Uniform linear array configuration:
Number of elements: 8
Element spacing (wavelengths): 0.5
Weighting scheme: hann
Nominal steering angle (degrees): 60
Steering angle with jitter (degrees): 59.127
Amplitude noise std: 0.05
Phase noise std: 0.05

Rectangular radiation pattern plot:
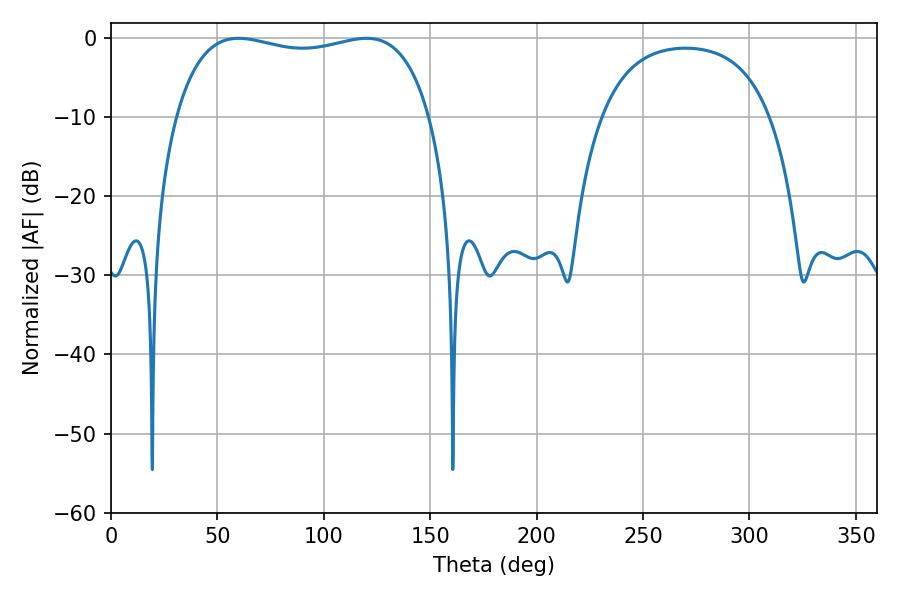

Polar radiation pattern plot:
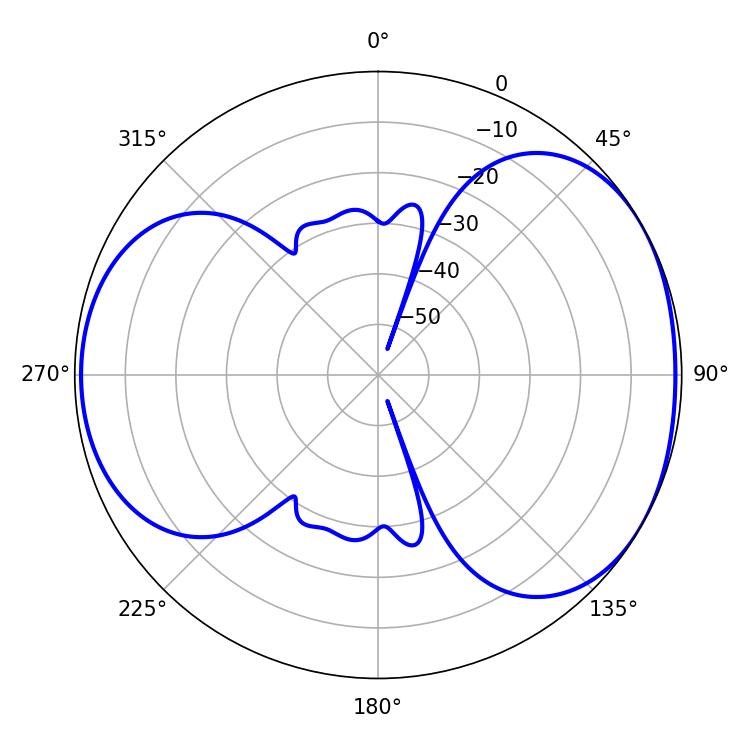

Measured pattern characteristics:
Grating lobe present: FALSE
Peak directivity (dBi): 4.663
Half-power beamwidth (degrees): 97.2
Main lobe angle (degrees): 59.94